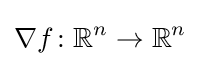
\nabla f\colon \mathbb {R} ^{n}\to \mathbb {R} ^{n}